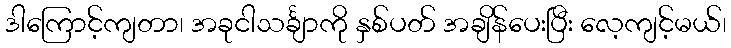
ဒါကြောင့်ကျတာ၊ အခုငါသင်္ချာကို နှစ်ပတ် အချိန်ပေးပြီး လေ့ကျင့်မယ်၊